Notes on vaccination in the North-West Frontier Province 1923-1928 - 1923-1928
Year: 1923
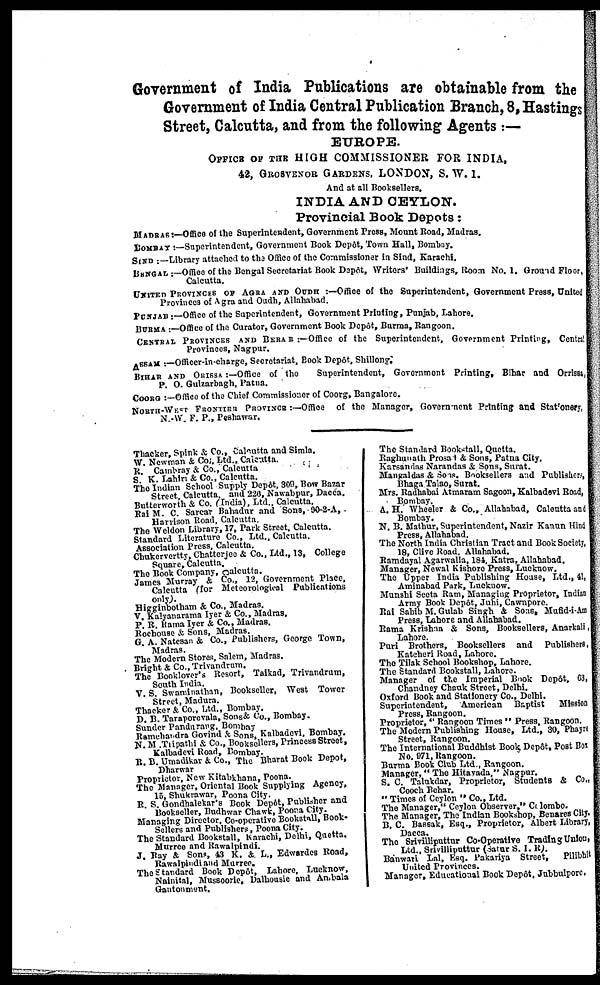
Government of India Publications are obtainable from the
Government of India Central Publication Branch, 8, Hastings
Street, Calcutta, and from the following Agents :—
EUROPE.
OFFICE OF THE HIGH COMMISSIONER FOR INDIA,
42, GROSVENOR GARDENS. LONDON, S. W. I.
And at all Booksellers.
INDIA AND CEYLON.
Provincial Book Depots:
MADRAS:—Office of the Superintendent, Government Press, Mount Road, Madras.
BOMBAY :—Superintendent, Government Book Depôt, Town Hall, Bombay.
SIND ..—Library attached to the Office of the Commissioner in Sind, Karachi.
BMNGAL :—Office of the Bengal Secretariat Book Depôt, Writers' Buildings, Room No. 1, Ground Floor,
Calcutta.
UNITED PROVINCES OF AGRA AND OUDH :—Office of the Superintendent, Government Press, United
Provinces of Agra and Oudh, Allahabad.
PUNJAB :—Office of the Superintendent, Government Printing, Punjab, Lahore.
BURMA:—Office of the Curator, Government Book Depôt, Burma, Rangoon.
CENTRAL PROVINCES AND BEHAR :—Office of the Superintendent, Government Printing, Centrs.
Provinces, Nagpur.
ASSAM :—Officer-in-charge, Secretariat, Book Depôt, Shillong.
BIHAR AND ORISSA:—Office of the
Superintendent, Government Printing, Bihar and Orrissa,
P. O. Gulzarbagh, Patna.
COORG :—Office of the Chief Commissioner of Coorg, Bangalore
NORTH-WEST FRONTIER PROVINCE :—Office of the Manager, Government Printing and Stationery,
N.-W. F. P., Peshawar.
Thacker, Spink & Co., Calcutta and Simla.
W. Newman & Col. Ltd., Calcutta.
R. Cambray & Co., Calcutta
S. K. Lahiri & Co., Calcutta.
The Indian School Supply Depôt, 300, Bow Bazar
Street, Calcutta. and 226, Nawabpur, Dacca.
Butterworth & Co. (India), Ltd., Calcutta.
Rai M. C. Sarear Bahadur and Sons, 90-2-A,
Harrison Road. Calcutta.
The Weldon Library, 17, Park Street. Calcutta.
Standard Literature Co., Ltd., Calcutta.
Association Press, Calcutta.
Chukervertty, Chatterjec & Co., Ltd., 13, College
Square, Calcutta.
The Book Company, Calcutta.
James Murray & Co., 12, Government Place,
Calcutta (for Meteorological Publications
only.).
Higginbotham & Co., Madras.
V. Kalyanarama Iyer & Co., Madras.
P. R. Rama Iyer & Co., Madras.
Rochouse & Sons, Madras.
G. A. Natesan & Co., Publishers, George Town,
Madras.
The Modern Stores, Salem, Madras.
Bright & Co., Trivandrum.
The Booklover's Resort, Taikad, Trivandrum,
South India.
V. S. Swaminathan, Bookseller, West Tower
Street, Madura.
Thacker & Co., Ltd., Bombay.
D. B. Taraporevala, Sons& Co., Bombay.
Sunder Pandurang, Bombay
Ramchandra Govind & Sons, Kalbadevi, Bombay.
N.M .Tripathi & Co., Booksellers, Princess Street,
Kalbadevi Road, Bombay.
R. B. Umadikar & Co., The Bharat Book Depot,
Dharwar
Proprietor, New Kitabkhana, Poona.
The Manager, Oriental Book Supplying Agency,
15, Shukrawar, Poona City.
R. S. Gondhalekar's Book Depôt, Publisher and
Bookseller, Budhwar Chawk, Poona City.
Managing Director, Co-operative Bookstall, Book-
sellers and Publishers, Poona City.
The Standard Bookstall, Karachi, Delhi, Quetta.
Murree and Rawalpindi.
J. Ray & Sons, 43 K. & L. Edwardes Road,
Rawalpindi and Murree.
The Standard Book Depôt, Lahore, Lucknow,
Nainital, Mussoorie, Dalhousie and Ambala
Gantonment.
The Standard Bookstall, Quetta.
Raghunath Prosat & Sons, Patna City.
Karsandas Narandas & Sons, Surat.
Mangaldas & Sons. Booksellers and Publishers,
Bhaga Talao, Surat.
Mrs. Radhabai Atmaram Sagoon, Kalbadevi Road,
Bombay.
A. H. Wheeler & Co., Allahabad, Calcutta and
Bombay.
N. B. Mathur, Superintendent, Nazir Kanun Hind
Press, Allahabad.
The North India Christian Tract and Book Society,
18, Clive Road. Allahabad.
Ramdayal Agarwalla, 184, Katra, Allahabad.
Manager, Newal Kishore Press, Lucknow.
The Upper India Publishing House, Ltd., 41,
Aminabad Park, Lucknow.
Munshi Seeta Ram, Managing Proprietor, Indian
Army Book Depôt, Juhi, Cawnpore.
Rai Sahib M. Gulab Singh & Sons, Mufid-i-Am
Press, Lahore and Allahabad.
Rama Krishna & Sons, Booksellers, Anarkali,
Lahore.
Puri Brothers, Booksellers and Publishers,
Katcheri Road, Lahore.
The Tilak School Bookshop, Lahore.
The Standard Bookstall, Lahore
Manager of the Imperial Book Depôt, 63,
Chandney Chauk Street, Delhi.
Oxford Book and Stationery Co., Delhi.
Superintendent, American Baptist
Mission
Press, Rangoon.
Proprietor," Rangoon Times " Press, Rangoon.
The Modern Publishing House, Ltd., 30, Phayre
Street, Rangoon.
The International Buddhist Book Depôt, Post Box
No. 971, Rangoon.
Burma Book Club Ltd., Rangoon.
Manager," The Hitavada," Nagpur.
S. C. Talukdar, Proprietor, Students & Co.,
Cooch Behar.
" Times of Ceylon " Co., Ltd.
The Manager," Ceylon Observer," Colombo.
The Manager, The Indian Bookshop, Benares City.
B. C. Bassak, Esq., Proprietor, Albert Library,
Dacca.
The Srivilliputtur Co-Operative Trading Union,
Ltd., Srivilliputtur (Satur S. I. R).
Banwari Lal, Esq. Pakariya Street,
Pilibhit
United Provinces.
Manager, Educational Book Depôt, Jubbulpore.